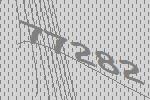
77282